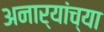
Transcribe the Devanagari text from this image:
अनार्यांच्या